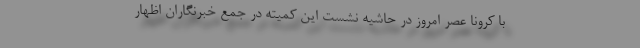
با کرونا عصر امروز در حاشیه نشست این کمیته در جمع خبرنگاران اظهار